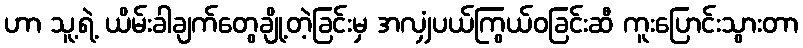
ဟာ သူ့ရဲ့ ယိမ်းခါချက်တွေချို့တဲ့ခြင်းမှ အလျှံပယ်ကြွယ်ဝခြင်းဆီ ကူးပြောင်းသွားတာ